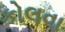
કોલવા